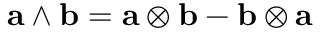
\mathbf a \wedge \mathbf b = \mathbf a \otimes \mathbf b - \mathbf b \otimes \mathbf a